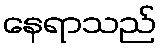
နေရာသည်